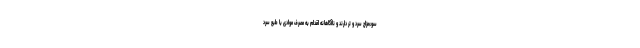
سوء‌مزاج سرد و تر دارند و ناآگاهانه اقدام به مصرف موادی با طبع سرد